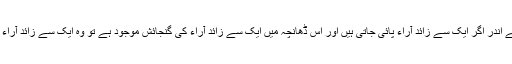
ان بنیادی احکام کے اندر اگر ایک سے زائد آراء پائی جاتی ہیں اور اس ڈھانچہ میں ایک سے زائد آراء کی گنجائش موجود ہے تو وہ ایک سے زائد آراء بھی قابل قبول ہیں۔